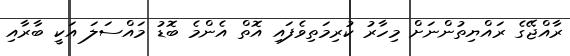
ރާއްޖޭގެ ރައްޔިތުންނަށް މިހާރު ކުރިމަތިވެފައި އޮތް އެންމެ ބޮޑު މައްސަލަ އަކީ ބާރާއި